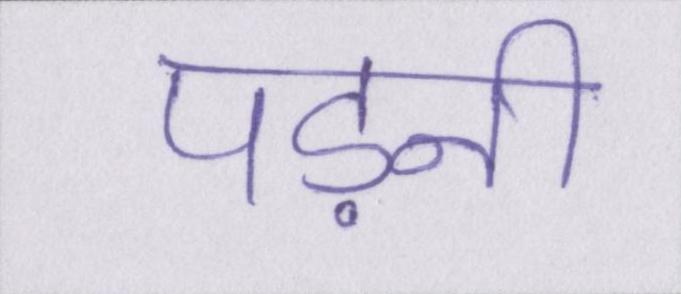
पड़नी